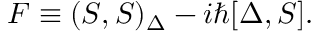
F \equiv ( S , S ) _ { \Delta } - i \hbar [ \Delta , S ] .